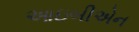
આઇબીએન